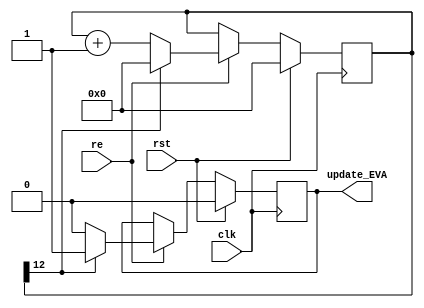
//******************************************************************************
// Copyright (c) 2014 - 2018, Indian Institute of Science, Bangalore.
// All Rights Reserved. See LICENSE for license details.
//------------------------------------------------------------------------------

// Contributors
// Akshay Birari (akshay@alum.iisc.ac.in), Piyush Birla (piyush@alum.iisc.ac.in)
// Suseela Budi (suseela@alum.iisc.ac.in), Pradeep Gupta (gupta@alum.iisc.ac.in)
// Kavya Sharat (kavyasharat@alum.iisc.ac.in), Sumeet Bandishte (sumeet.bandishte30@gmail.com)
// Kuruvilla Varghese (kuru@iisc.ac.in)
`timescale 1ns / 1ps
//////////////////////////////////////////////////////////////////////////////////
// Company: 
// Engineer: 
// 
// Design Name: 
// Module Name: access_ctr
// Project Name: 
// Target Devices: 
// Tool Versions: 
// Description: 
// 
// Dependencies: 
// 
// Revision:
// Revision 0.01 - File Created
// Additional Comments:
// 
//////////////////////////////////////////////////////////////////////////////////


module access_ctr(clk, rst, re, update_EVA

    );

    parameter accessCtrWidth = 13;

    input clk;
    input rst;
    input re;
    output reg update_EVA;

    reg [(accessCtrWidth-1):0] number_of_access_counter;

////// ******  access counter logic & genrating update_EVA signal ******  ////////////
    
    always @ (posedge clk) begin
        #0.1 if(rst) begin
            number_of_access_counter <= { (accessCtrWidth) {1'b0} };                        //////change with ctrLen//////
            update_EVA <= 1'b0;
            end
        else if(re) begin
            if(number_of_access_counter[accessCtrWidth-1] == 1'b1) begin           //////change with ctrLen//////
                number_of_access_counter <= 12'b0;                   //////change with ctrLen//////
                update_EVA <= 1'b1;   //////////////////generating after every 2048 access///////////
                end
            else begin
                number_of_access_counter <= number_of_access_counter + 1;
                update_EVA <= 1'b0;
                end
            end    
        end
    
//////////////////////////// ************************* ////////////////////////////

endmodule